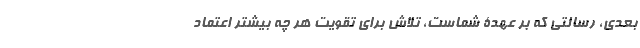
بعدی، رسالتی که بر عهدۀ شماست، تلاش برای تقویت هر چه بیشتر اعتماد